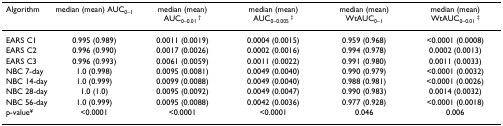
<table><thead><tr><td><b>Algorithm</b></td><td><b>median (mean) AUC<sub>0–1</sub></b></td><td><b>median (mean) AUC<sub>0–0.01 </sub><sup>†</sup></b></td><td><b>median (mean) AUC<sub>0–0.005 </sub><sup>‡</sup></b></td><td><b>median (mean) WtAUC<sub>0–1</sub></b></td><td><b>median (mean) WtAUC<sub>0–0.01 </sub><sup>‡</sup></b></td></tr></thead><tbody><tr><td>EARS C1</td><td>0.995 (0.989)</td><td>0.0011 (0.0019)</td><td>0.0004 (0.0015)</td><td>0.959 (0.968)</td><td>&lt;0.0001 (0.0008)</td></tr><tr><td>EARS C2</td><td>0.996 (0.990)</td><td>0.0017 (0.0026)</td><td>0.0002 (0.0016)</td><td>0.994 (0.978)</td><td>0.0002 (0.0013)</td></tr><tr><td>EARS C3</td><td>0.996 (0.993)</td><td>0.0061 (0.0059)</td><td>0.0011 (0.0022)</td><td>0.991 (0.980)</td><td>0.0011 (0.0033)</td></tr><tr><td>NBC 7-day</td><td>1.0 (0.998)</td><td>0.0095 (0.0081)</td><td>0.0049 (0.0040)</td><td>0.990 (0.979)</td><td>&lt;0.0001 (0.0032)</td></tr><tr><td>NBC 14-day</td><td>1.0 (0.999)</td><td>0.0099 (0.0088)</td><td>0.0049 (0.0040)</td><td>0.988 (0.981)</td><td>&lt;0.0001 (0.0026)</td></tr><tr><td>NBC 28-day</td><td>1.0 (1.0)</td><td>0.0095 (0.0092)</td><td>0.0049 (0.0047)</td><td>0.990 (0.983)</td><td>0.0014 (0.0032)</td></tr><tr><td>NBC 56-day</td><td>1.0 (0.999)</td><td>0.0095 (0.0088)</td><td>0.0042 (0.0036)</td><td>0.977 (0.928)</td><td>&lt;0.0001 (0.0018)</td></tr><tr><td>p-value<sup>¥</sup></td><td>&lt;0.0001</td><td>&lt;0.0001</td><td>&lt;0.0001</td><td>0.046</td><td>0.006</td></tr></tbody></table>